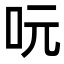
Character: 𠰂